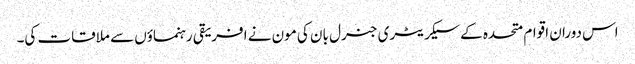
اس دوران اقوام متحدہ کے سیکریٹری جنرل بان کی مون نے افریقی رہنماؤں سے ملاقات کی۔